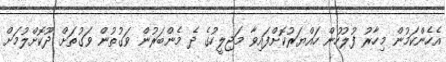
އެހެންކަމުން މިހާރު ފުލުހުން ހައްޔަރުކޮށްފައިވާ މަޖިލީހުގެ ދެ މެންބަރުން ވަގުތުން ވަގުތަށް ދޫކޮށްލުމަށް